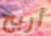
أربح